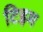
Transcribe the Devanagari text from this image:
टिइम